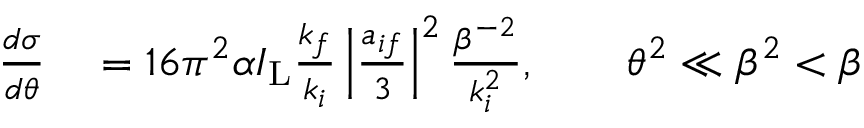
\begin{array} { r l } { \frac { d \sigma } { d \theta } } & { { } = 1 6 \pi ^ { 2 } \alpha I _ { \mathrm { L } } \frac { k _ { f } } { k _ { i } } \left\vert \frac { a _ { i f } } { 3 } \right\vert ^ { 2 } \frac { \beta ^ { - 2 } } { k _ { i } ^ { 2 } } , \qquad \theta ^ { 2 } \ll \beta ^ { 2 } < \beta } \end{array}